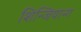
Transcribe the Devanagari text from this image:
शिन्जियान्ग